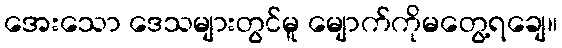
အေးသော ဒေသများတွင်မူ မျောက်ကိုမတွေ့ရချေ။